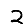
Digit: 2